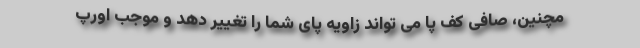
مچنین، صافی کف پا می تواند زاویه پای شما را تغییر دهد و موجب اورپ